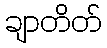
ချာတိတ်